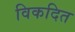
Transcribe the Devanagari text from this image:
विकदित